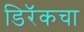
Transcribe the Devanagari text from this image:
डिरॅकचा